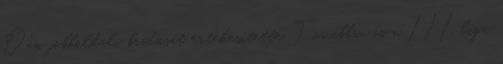
Dan jobboldali beadását értékesítette. Továbbra is a III. liga